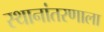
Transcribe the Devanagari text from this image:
स्थानांतरणाला